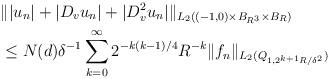
LaTeX: \begin{align*} &\||u_n|+|D_v u_n|+|D_v^2 u_n|\|_{L_2((-1,0)\times B_{R^3}\times B_R)}\\&\le N (d) \delta^{-1} \sum_{k=0}^\infty 2^{-k(k-1)/4}R^{-k}\|f_n\|_{L_2(Q_{1,2^{k+1}R/\delta^2})}\end{align*}